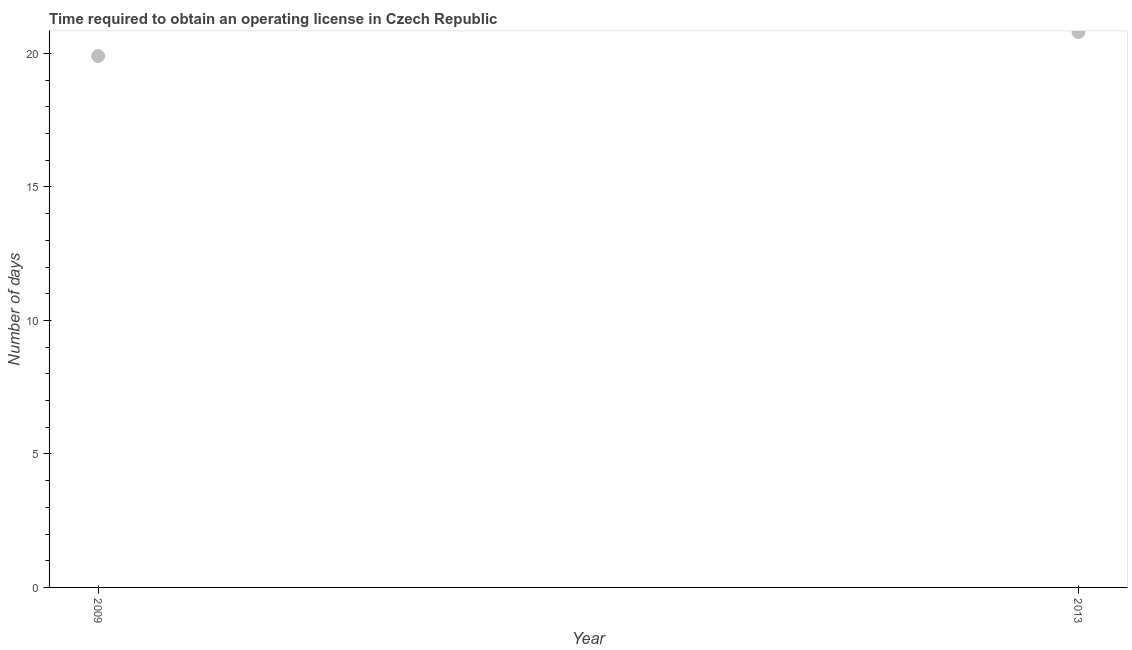
| Year | Obtain operating license |
 | --- | --- |
 | 2009 | 19.9 |
 | 2013 | 20.8 |